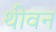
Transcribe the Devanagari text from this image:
थीवन